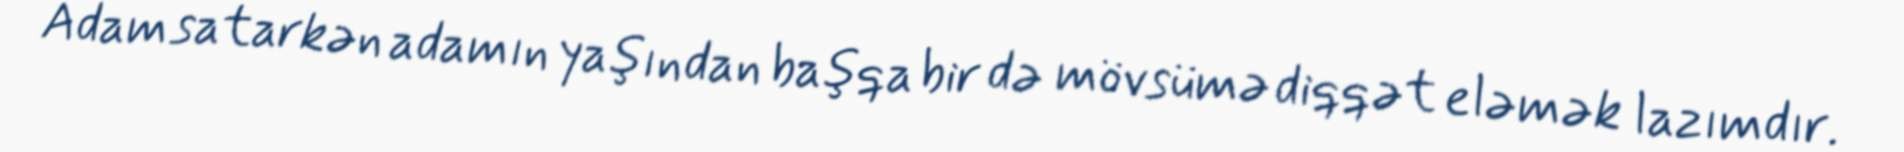
Adam satarkən adamın yaşından başqa bir də mövsümə diqqət eləmək lazımdır.